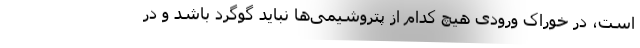
است، در خوراک ورودی هیچ کدام از پتروشیمی‌ها نباید گوگرد باشد و در